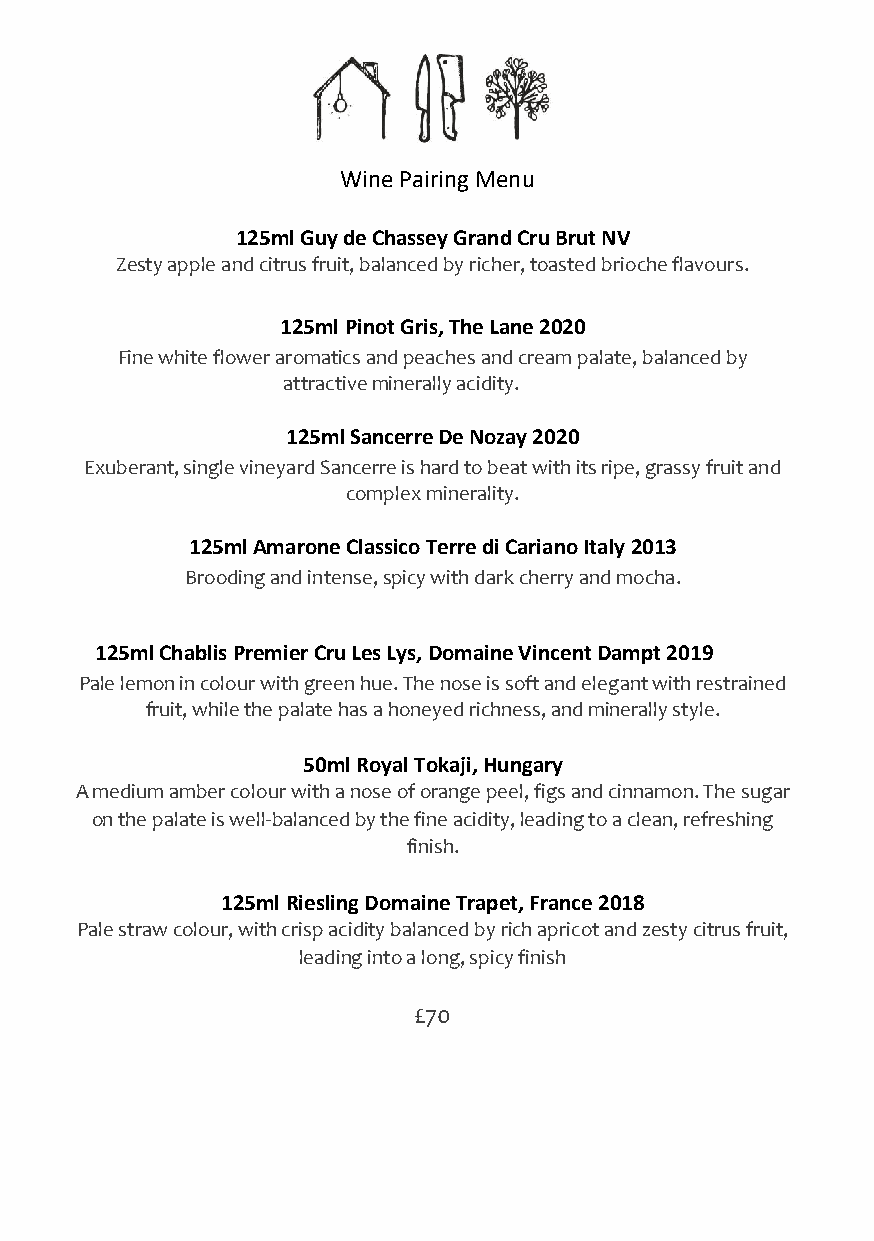
Wine Pairing Menu
 125ml Guy de Chassey Grand Cru Brut NV
 Zesty apple and citrus fruit, balanced by richer, toasted brioche flavours.
 125ml Pinot Gris, The Lane 2020
 Fine white flower aromatics and peaches and cream palate, balanced by
 attractive minerally acidity.
 125ml Sancerre De Nozay 2020
 Exuberant, single vineyard Sancerre is hard to beat with its ripe, grassy fruit and
 complex minerality.
 125ml Amarone Classico Terre di Cariano Italy 2013
 Brooding and intense, spicy with dark cherry and mocha.
 125ml Chablis Premier Cru Les Lys, Domaine Vincent Dampt 2019
 Pale lemon in colour with green hue. The nose is soft and elegant with restrained
 fruit, while the palate has a honeyed richness, and minerally style.
 50ml Royal Tokaji, Hungary
 A medium amber colour with a nose of orange peel, figs and cinnamon. The sugar
 on the palate is well-balanced by the fine acidity, leading to a clean, refreshing
 finish.
 125ml Riesling Domaine Trapet, France 2018
 Pale straw colour, with crisp acidity balanced by rich apricot and zesty citrus fruit,
 leading into a long, spicy finish
 £70